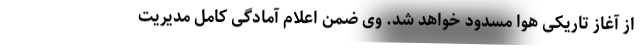
از آغاز تاریکی هوا مسدود خواهد شد. وی ضمن اعلام آمادگی کامل مدیریت